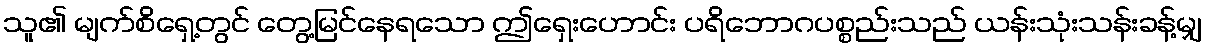
သူ၏ မျက်စိရှေ့တွင် တွေ့မြင်နေရသော ဤရှေးဟောင်း ပရိဘောဂပစ္စည်းသည် ယန်းသုံးသန်းခန့်မျှ